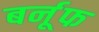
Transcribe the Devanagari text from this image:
बर्नूफ